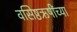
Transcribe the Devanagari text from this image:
वसिष्ठऋषींच्या